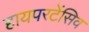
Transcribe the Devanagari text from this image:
हायपरटेंसिव